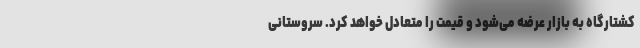
کشتارگاه به بازار عرضه می‌شود و قیمت را متعادل خواهد کرد. سروستانی